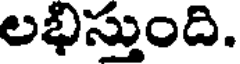
లభిస్తుంది.